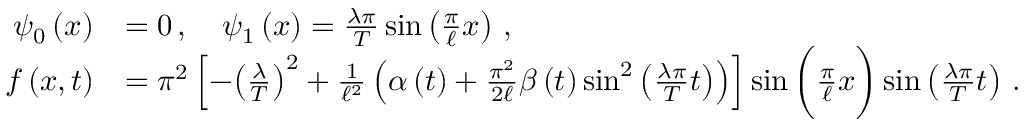
\begin{array} { r l } { { \psi } _ { 0 } \left( x \right) } & { = 0 \, , \quad { \psi } _ { 1 } \left( x \right) = \frac { \lambda \pi } { T } \sin \left( \frac { \pi } { \ell } x \right) \, , } \\ { f \left( x , t \right) } & { = { \pi } ^ { 2 } \left[ - { \left( \frac { \lambda } { T } \right) } ^ { 2 } + \frac { 1 } { { \ell } ^ { 2 } } \left( \alpha \left( t \right) + \frac { { \pi } ^ { 2 } } { 2 \ell } \beta \left( t \right) { \sin } ^ { 2 } \left( \frac { \lambda \pi } { T } t \right) \right) \right] \sin \bigg ( \frac { \pi } { \ell } x \bigg ) \sin \left( \frac { \lambda \pi } { T } t \right) \, . } \end{array}